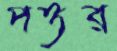
পত্তর